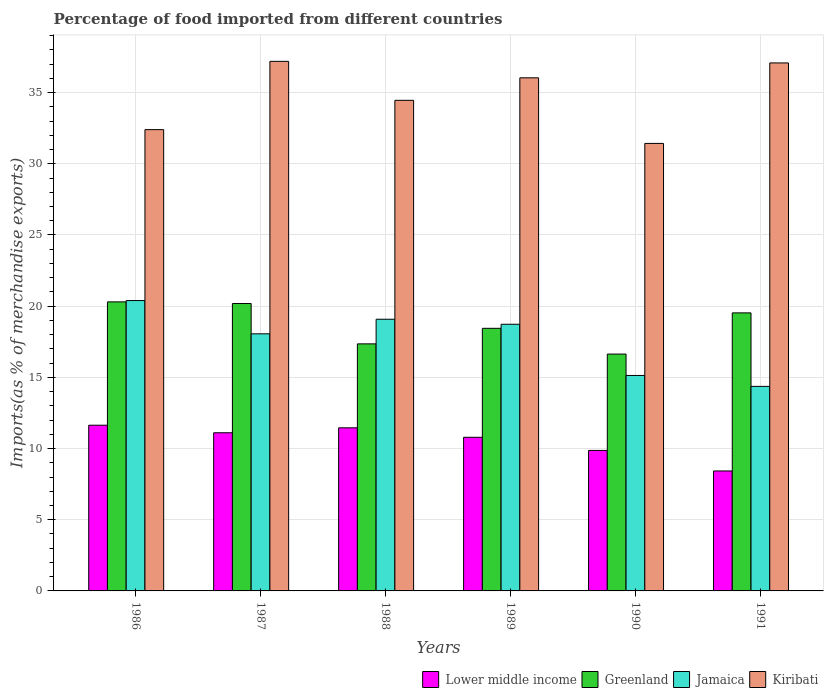
| Years | Lower middle income | Greenland | Jamaica | Kiribati |
 | --- | --- | --- | --- | --- |
 | 1986 | 11.6 | 20.3 | 20.4 | 32.4 |
 | 1987 | 11.1 | 20.2 | 18.1 | 37.2 |
 | 1988 | 11.5 | 17.4 | 19.1 | 34.5 |
 | 1989 | 10.8 | 18.4 | 18.7 | 36 |
 | 1990 | 9.87 | 16.6 | 15.1 | 31.4 |
 | 1991 | 8.43 | 19.5 | 14.4 | 37.1 |